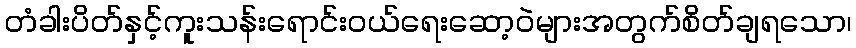
တံခါးပိတ်နှင့်ကူးသန်းရောင်းဝယ်ရေးဆော့ဝဲများအတွက်စိတ်ချရသော၊